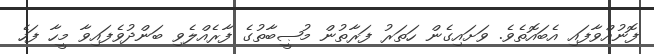
ފޮނުއްވާފައި އެބައޮތެވެ. ވަށައިގެން ހަތަރު ފަރާތުން މުޞީބާތުގެ ފާރެއްލެވި ބަންދުވެފައިވާ މީހާ ފަހެ